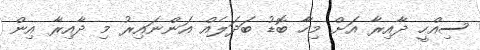
ސިއްހީ ދާއިރާ އަށް މިހާ ބޮޑު ބަދަލެއް އަންނައިރު މި ދާއިރާ އިން